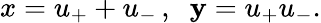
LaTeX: x=u_{+}+u_{-}\, ,\; \; \mathbf{y}=u_{+}u_{-}.